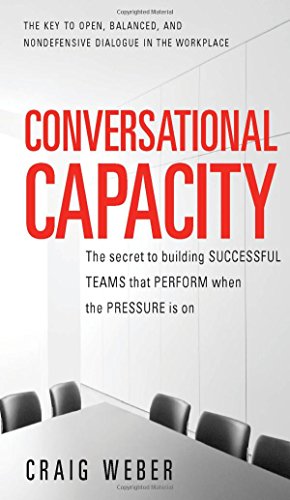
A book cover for Conversational Capacity: The Secret to Building Successful Teams That Perform When the Pressure Is On; Craig Weber; Business & Money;